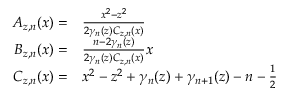
\begin{array} { r l } { A _ { z , n } ( x ) = } & { \frac { x ^ { 2 } - z ^ { 2 } } { 2 \gamma _ { n } ( z ) C _ { z , n } ( x ) } } \\ { B _ { z , n } ( x ) = } & { \frac { n - 2 \gamma _ { n } ( z ) } { 2 \gamma _ { n } ( z ) C _ { z , n } ( x ) } x } \\ { C _ { z , n } ( x ) = } & { x ^ { 2 } - z ^ { 2 } + \gamma _ { n } ( z ) + \gamma _ { n + 1 } ( z ) - n - \frac { 1 } { 2 } } \end{array}